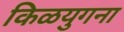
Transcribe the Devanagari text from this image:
किळयुगना